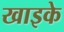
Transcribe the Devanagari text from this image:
खाइके